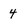
Character: 4